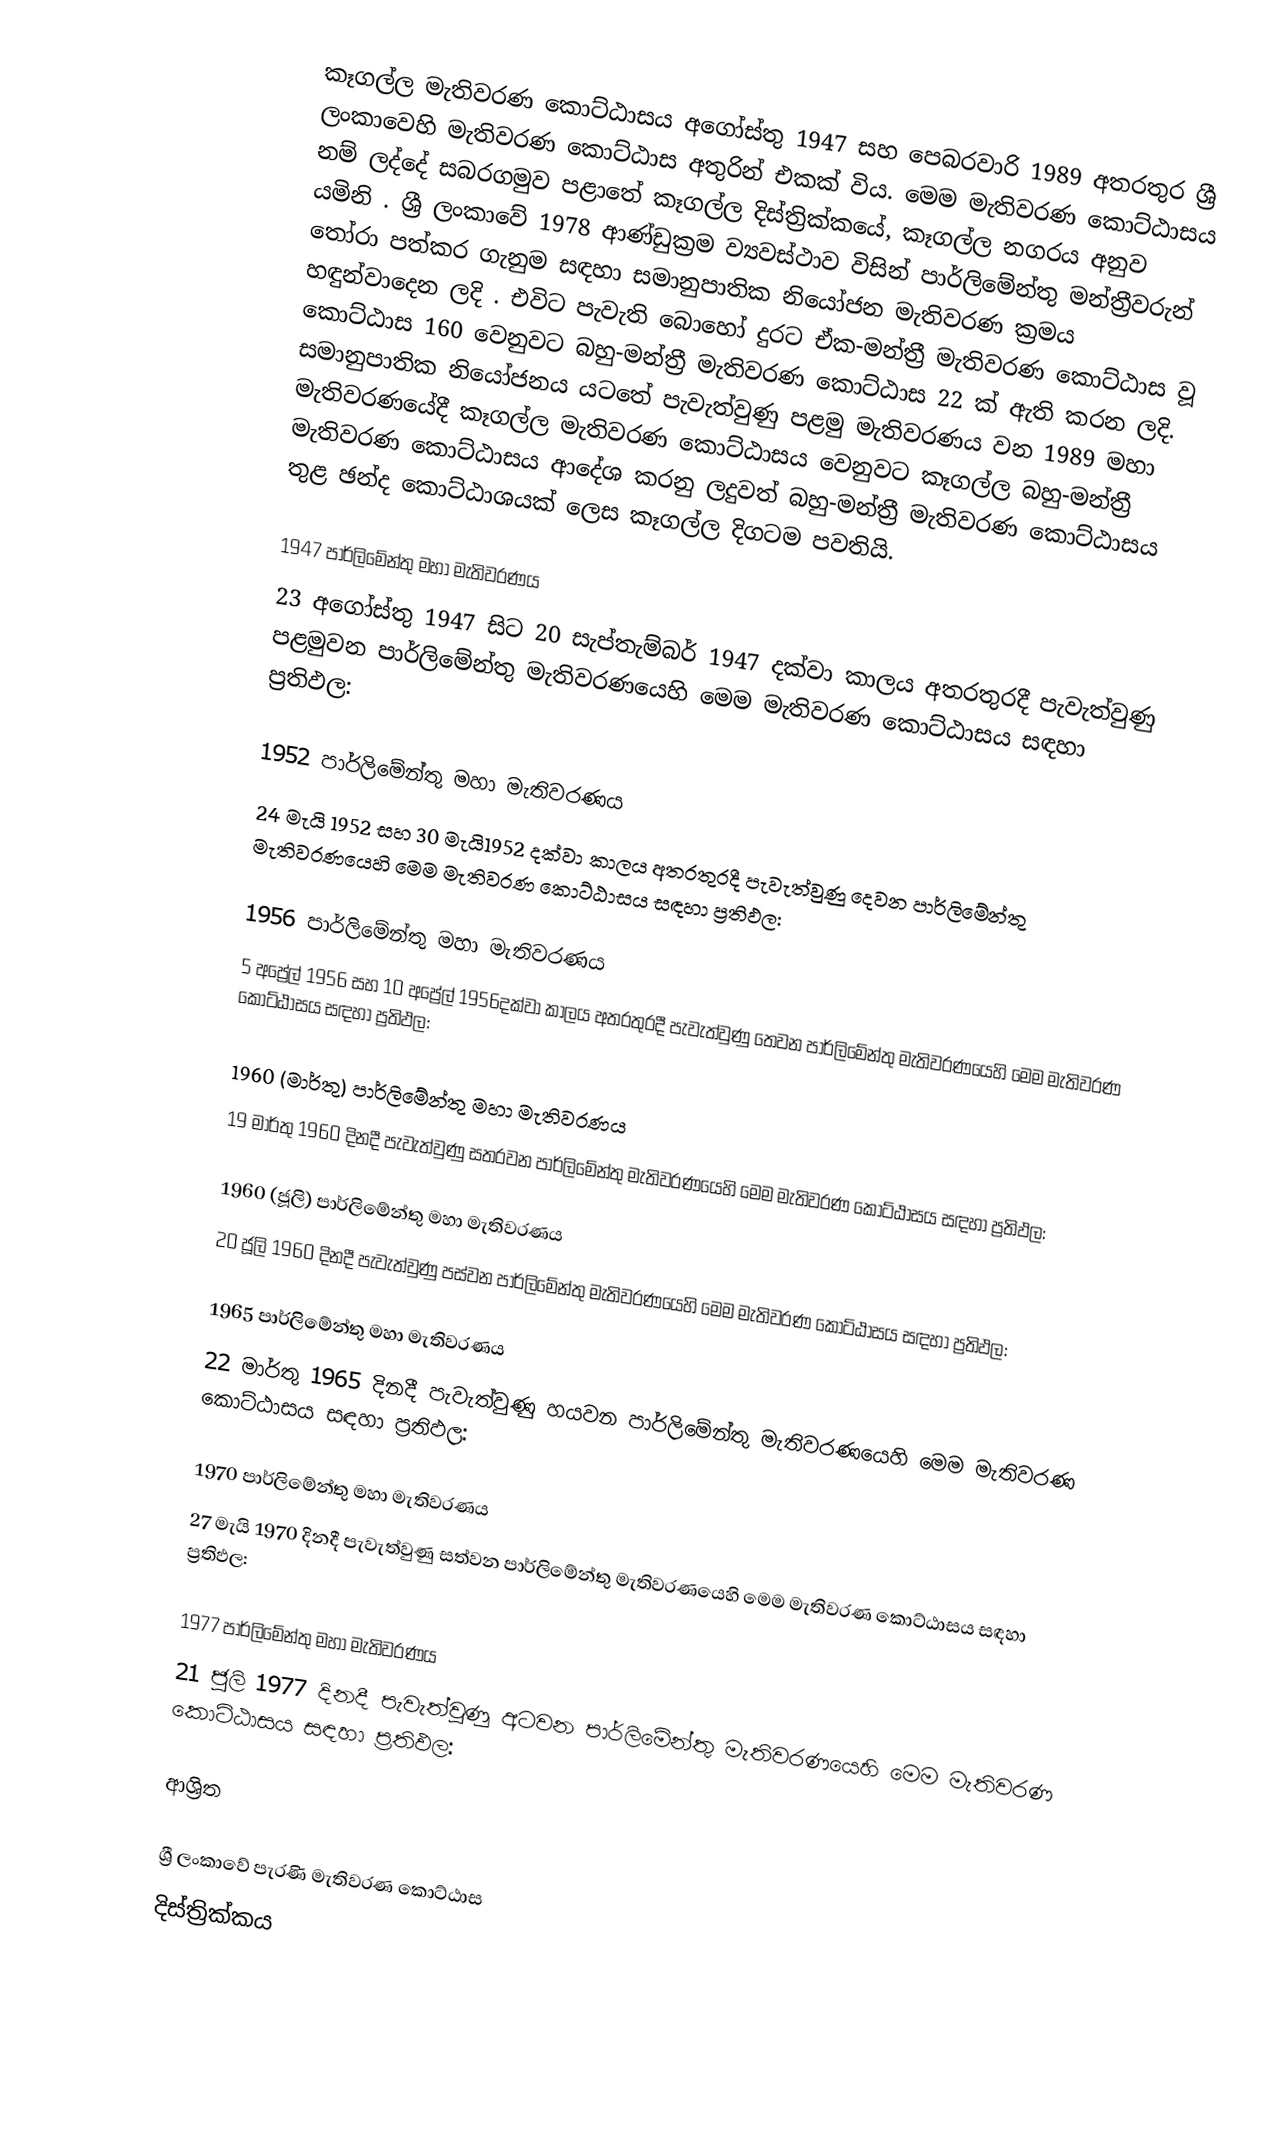
කෑගල්ල මැතිවරණ කොට්ඨාසය  අගෝස්තු 1947 සහ පෙබරවාරි 1989 අතරතුර  ශ්‍රී ලංකාවෙහි  මැතිවරණ කොට්ඨාස අතුරින් එකක් විය. මෙම මැතිවරණ කොට්ඨාසය නම් ලද්දේ  සබරගමුව පළාතේ  කෑගල්ල දිස්ත්‍රික්කයේ,  කෑගල්ල නගරය අනුව යමිනි . ශ්‍රී ලංකාවේ 1978 ආණ්ඩුක්‍රම ව්‍යවස්ථාව විසින්   පාර්ලිමේන්තු මන්ත්‍රීවරුන් තෝරා පත්කර ගැනුම සඳහා සමානුපාතික නියෝජන මැතිවරණ ක්‍රමය හඳුන්වාදෙන ලදි . එවිට පැවැති බොහෝ දුරට  ඒක-මන්ත්‍රී මැතිවරණ කොට්ඨාස වූ කොට්ඨාස 160 වෙනුවට බහු-මන්ත්‍රී මැතිවරණ කොට්ඨාස 22 ක් ඇති කරන ලදි. සමානුපාතික නියෝජනය යටතේ පැවැත්වුණු පළමු මැතිවරණය වන 1989 මහා මැතිවරණයේදී  කෑගල්ල මැතිවරණ කොට්ඨාසය වෙනුවට  කෑගල්ල බහු-මන්ත්‍රී මැතිවරණ කොට්ඨාසය  ආදේශ කරනු ලදුවත් බහු-මන්ත්‍රී මැතිවරණ කොට්ඨාසය තුළ ඡන්ද කොට්ඨාශයක් ලෙස කෑගල්ල දිගටම පවතියි.

1947 පාර්ලිමේන්තු මහා මැතිවරණය
23 අගෝස්තු 1947 සිට 20 සැප්තැම්බර් 1947 දක්වා කාලය අතරතුරදී පැවැත්වුණු  පළමුවන පාර්ලිමේන්තු මැතිවරණයෙහි මෙම මැතිවරණ කොට්ඨාසය සඳහා ප්‍රතිඵල:

1952 පාර්ලිමේන්තු මහා මැතිවරණය
24 මැයි 1952 සහ 30 මැයි1952 දක්වා කාලය අතරතුරදී පැවැත්වුණු  දෙවන පාර්ලිමේන්තු මැතිවරණයෙහි මෙම මැතිවරණ කොට්ඨාසය සඳහා ප්‍රතිඵල:

1956 පාර්ලිමේන්තු මහා මැතිවරණය
5 අප්‍රේල් 1956 සහ 10 අප්‍රේල් 1956දක්වා කාලය අතරතුරදී පැවැත්වුණු  තෙවන පාර්ලිමේන්තු මැතිවරණයෙහි මෙම මැතිවරණ කොට්ඨාසය සඳහා ප්‍රතිඵල:

1960 (මාර්තු) පාර්ලිමේන්තු මහා මැතිවරණය
19 මාර්තු 1960 දිනදී පැවැත්වුණු  සතරවන පාර්ලිමේන්තු මැතිවරණයෙහි මෙම මැතිවරණ කොට්ඨාසය සඳහා ප්‍රතිඵල:

1960 (ජූලි) පාර්ලිමේන්තු මහා මැතිවරණය
20 ජූලි 1960 දිනදී පැවැත්වුණු  පස්වන පාර්ලිමේන්තු මැතිවරණයෙහි මෙම මැතිවරණ කොට්ඨාසය සඳහා ප්‍රතිඵල:

1965 පාර්ලිමේන්තු මහා මැතිවරණය
22 මාර්තු 1965  දිනදී පැවැත්වුණු  හයවන පාර්ලිමේන්තු මැතිවරණයෙහි මෙම මැතිවරණ කොට්ඨාසය සඳහා ප්‍රතිඵල:

1970 පාර්ලිමේන්තු මහා මැතිවරණය
27 මැයි 1970 දිනදී පැවැත්වුණු  සත්වන පාර්ලිමේන්තු මැතිවරණයෙහි මෙම මැතිවරණ කොට්ඨාසය සඳහා ප්‍රතිඵල:

1977 පාර්ලිමේන්තු මහා මැතිවරණය
21 ජූලි 1977 දිනදී පැවැත්වුණු  අටවන පාර්ලිමේන්තු මැතිවරණයෙහි මෙම මැතිවරණ කොට්ඨාසය සඳහා ප්‍රතිඵල:

ආශ්‍රිත

ශ්‍රී ලංකාවේ පැරණි මැතිවරණ කොට්ඨාස
 දිස්ත්‍රික්කය